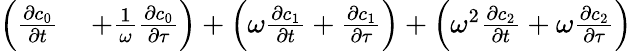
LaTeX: \begin{array}{rl}{\left(\frac{\partial c_{0}}{\partial t}\right.}&{{}\left.+\frac{1}{\omega}\frac{\partial c_{0}}{\partial\tau}\right)+\left(\omega\frac{\partial c_{1}}{\partial t}+\frac{\partial c_{1}}{\partial\tau}\right)+\left(\omega^{2}\frac{\partial c_{2}}{\partial t}+\omega\frac{\partial c_{2}}{\partial\tau}\right)}\end{array}